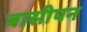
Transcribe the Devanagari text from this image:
बासीपन